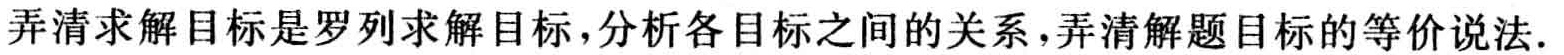
弄清求解目标是罗列求解目标，分析各目标之间的关系，弄清解题目标的等价说法.